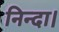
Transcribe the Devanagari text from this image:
निन्दा।